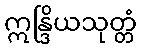
ဣန္ဒြိယသုတ္တံ